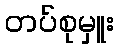
တပ်စုမှူး